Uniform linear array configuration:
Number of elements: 48
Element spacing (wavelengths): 0.75
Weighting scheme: cosine
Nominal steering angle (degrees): -15
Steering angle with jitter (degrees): -15.13
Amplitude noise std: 0.05
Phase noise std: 0.05

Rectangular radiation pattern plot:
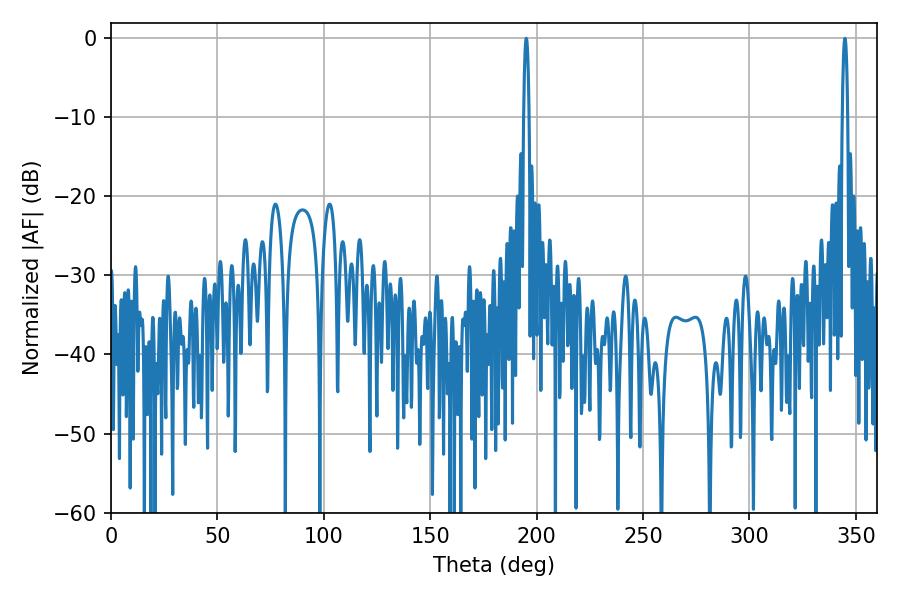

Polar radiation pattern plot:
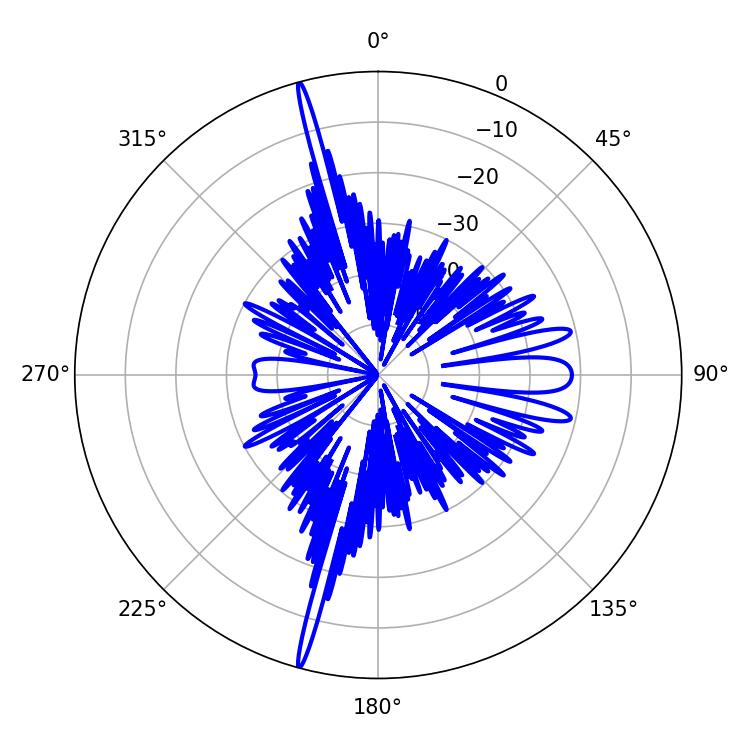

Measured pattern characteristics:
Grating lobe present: TRUE
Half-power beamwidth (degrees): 1.44
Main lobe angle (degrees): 195.12